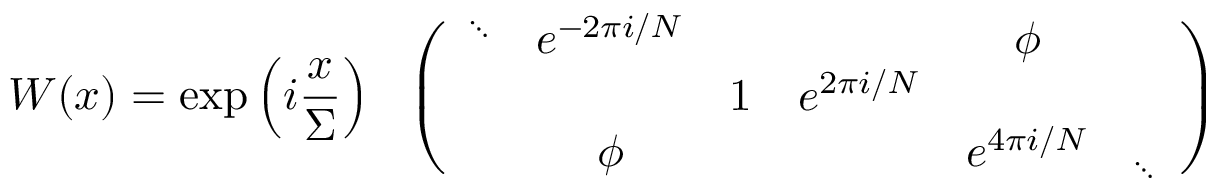
W ( x ) = \exp \left( i \frac { x } { \Sigma } \right) \ \ \left( \begin{array} { c c c c c c } { { \mathrm { } ^ { \ddots } } } & { { e ^ { - 2 \pi i / N } } } & { { } } & { { } } & { { \phi } } \\ { { } } & { { } } & { { 1 } } & { { e ^ { 2 \pi i / N } } } & { { } } & { { } } \\ { { } } & { { \phi } } & { { } } & { { } } & { { e ^ { 4 \pi i / N } } } & { { \mathrm { } _ { \ddots } } } \end{array} \right)